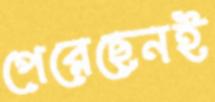
পেরেছেনই